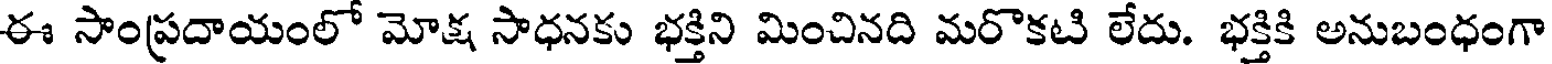
ఈ సాంప్రదాయంలో మోక్ష సాధనకు భక్తిని మించినది మరొకటి లేదు. భక్తికి అనుబంధంగా